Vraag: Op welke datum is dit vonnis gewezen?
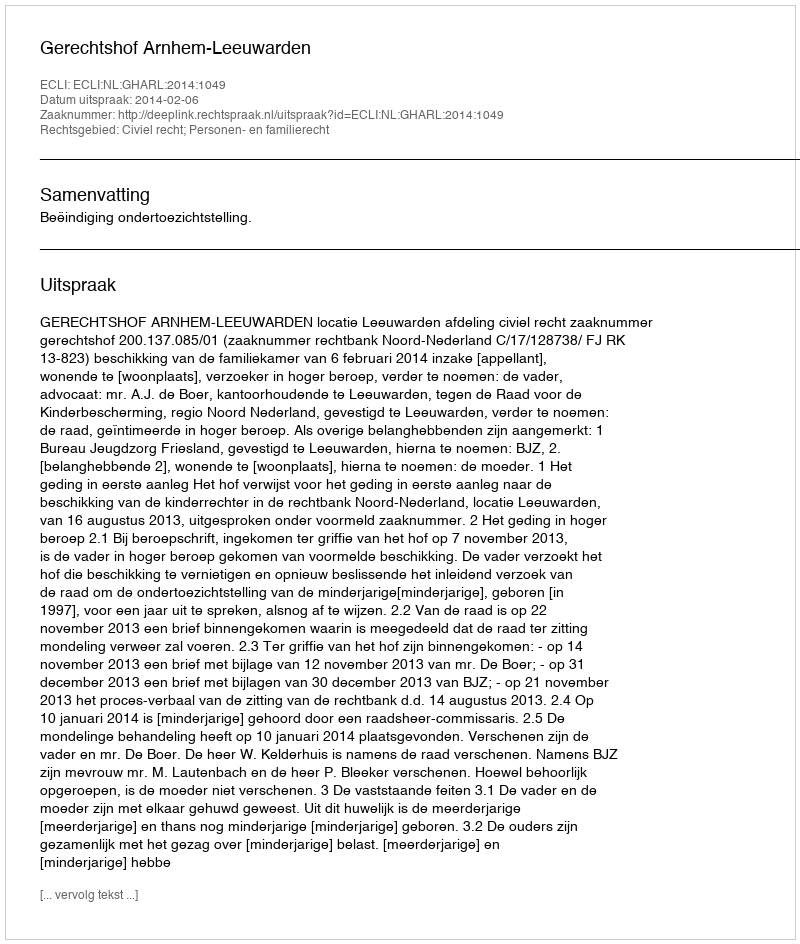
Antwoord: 2014-02-06